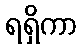
ရရှိကာ